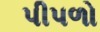
પીપળો